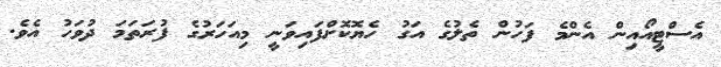
އެސްޓީއޯއިން އެންމެ ފަހުން ތެލުގެ އަގު ހެޔޮކޮށްފައިވަނީ މިއަހަރުގެ ފުރަތަމަ ދުވަހު އެވެ.